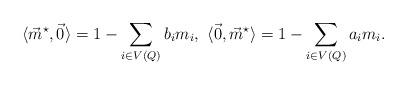
LaTeX: \begin{align*}\langle \vec{m}^{\star}, \vec{0} \rangle =1-\sum_{i\in V(Q)} b_i m_i, \ \langle \vec{0}, \vec{m}^{\star} \rangle =1-\sum_{i\in V(Q)} a_i m_i.\end{align*}